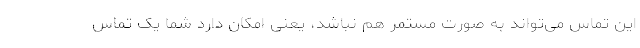
این تماس می‌تواند به صورت مستمر هم نباشد، یعنی امکان دارد شما یک تماس